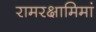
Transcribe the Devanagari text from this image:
रामरक्षामिमां